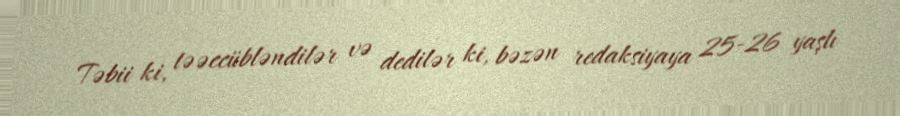
Təbii ki, təəccübləndilər və dedilər ki, bəzən redaksiyaya 25-26 yaşlı